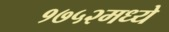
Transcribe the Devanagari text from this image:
१७५२मध्ये